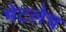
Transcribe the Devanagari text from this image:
भेटलेच